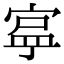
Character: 𭔄